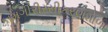
કામગીરીરસીકરણશાળા